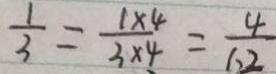
\frac { 1 } { 3 } = \frac { 1 \times 4 } { 3 \times 4 } = \frac { 4 } { 1 . 2 }